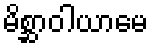
မိစ္ဆာဝါယာမေ